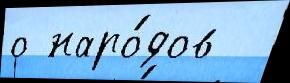
о наро́дов